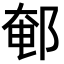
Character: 䣍